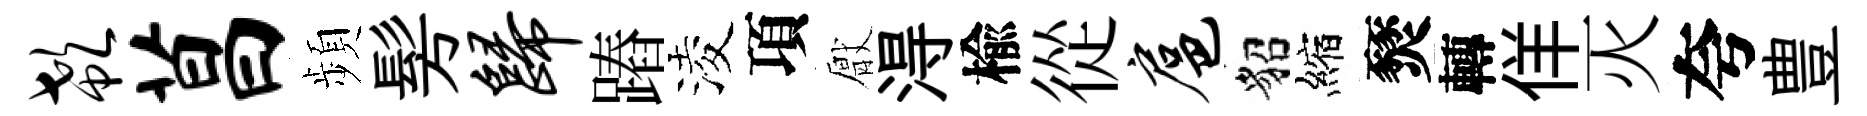
欷菖頻髣归蹖淩項厭淂楡從扈貂縮燹轉佯灭夸豊